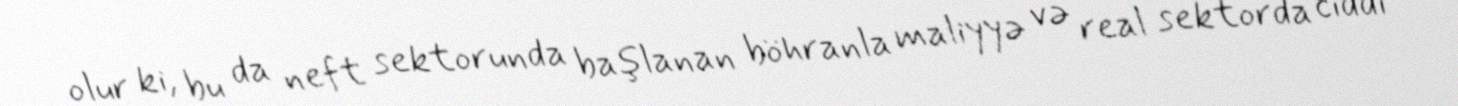
olur ki, bu da neft sektorunda başlanan böhranla maliyyə və real sektorda ciddi